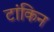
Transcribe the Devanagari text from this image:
टांकिन